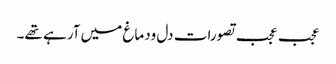
عجب عجب تصورات دل ودماغ میں آرہے تھے۔